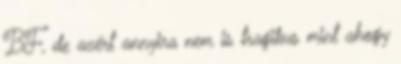
BF, de azért annyira nem is tragikus mint ahogy